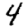
Digit: 4